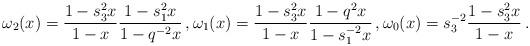
LaTeX: \begin{align*}\omega_2(x)=\frac{1-s_3^2x}{1-x}\frac{1-s_1^2x}{1-q^{-2}x}\,,\omega_1(x)=\frac{1-s_3^2x}{1-x}\frac{1-q^2x}{1-s_1^{-2}x}\,,\omega_0(x)=s_3^{-2}\frac{1-s_3^2x}{1-x}\,.\end{align*}